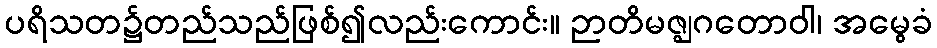
ပရိသတ၌တည်သည်ဖြစ်၍လည်းကောင်း။ ဉာတိမဇ္ဈဂတောဝါ၊ အမွေခံ